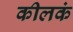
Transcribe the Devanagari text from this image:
कीलकं